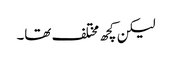
لیکن کچھ مختلف تھا۔